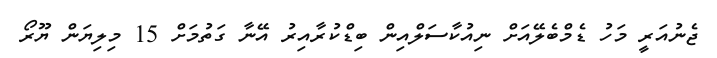
ޖެނުއަރީ މަހު ޑެމްބެލޭއަށް ނިއުކާސަލްއިން ބިޑްކުރާއިރު އޭނާ ގަތުމަށް 15 މިލިޔަން ޔޫރޯ